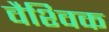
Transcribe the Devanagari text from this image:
वैश्‍िवक